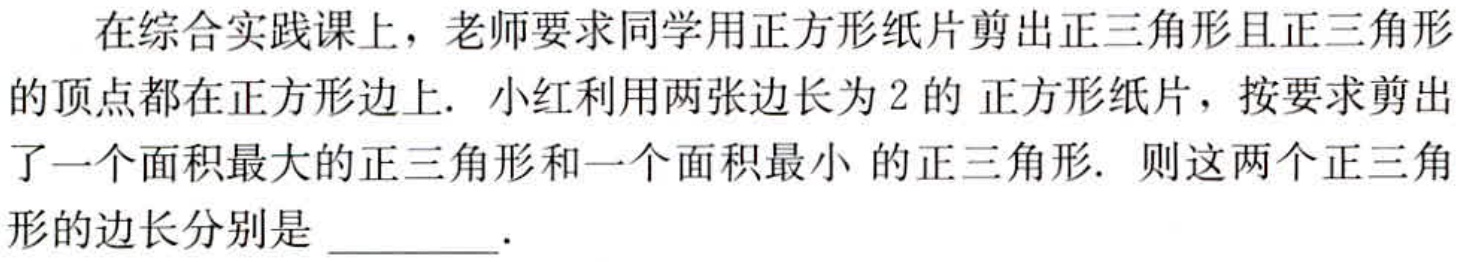
在综合实践课上，老师要求同学用正方形纸片剪出正三角形且正三角形的顶点都在正方形边上. 小红利用两张边长为2的 正方形纸片，按要求剪出了一个面积最大的正三角形和一个面积最小 的正三角形. 则这两个正三角形的边长分别是 ________.